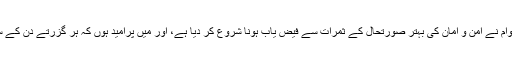
ہمارے پیارے وطن کے عوام نے امن و امان کی بہتر صورتحال کے ثمرات سے فیض یاب ہونا شروع کر دیا ہے، اور میں پُرامید ہوں کہ ہر گزرتے دن کے ساتھ صورتحال بہتر ہو گی۔